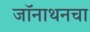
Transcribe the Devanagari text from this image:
जॉनाथनचा